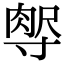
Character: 𡬻